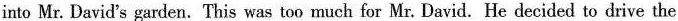
into Mr. David's garden. This was too much for Mr. David. He decided to drive the